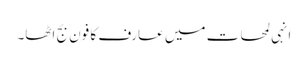
انہی لمحات میں عارف کا فون بج اٹھا۔